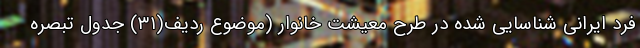
فرد ایرانی شناسایی شده در طرح معیشت خانوار (موضوع ردیف(۳۱) جدول تبصره